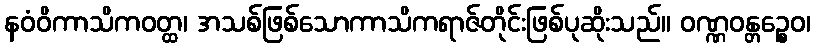
နဝံဝိကာသိကဝတ္ထ၊ အသစ်ဖြစ်သောကာသိကရာဇ်တိုင်းဖြစ်ပုဆိုးသည်။ ဝဏ္ဏဝန္တဉ္စေဝ၊